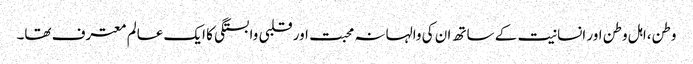
وطن،اہل وطن اور انسانیت کے ساتھ ان کی والہانہ محبت اور قلبی وابستگی کا ایک عالم معترف تھا۔